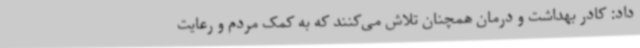
داد: کادر بهداشت و درمان همچنان تلاش می‌کنند که به کمک مردم و رعایت